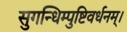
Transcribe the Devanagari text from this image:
सुगन्धिम्पुष्टिवर्धनम्‌।